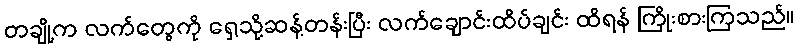
တချို့က လက်တွေကို ရှေ့သို့ဆန့်တန်းပြီး လက်ချောင်းထိပ်ချင်း ထိရန် ကြိုးစားကြသည်။